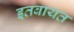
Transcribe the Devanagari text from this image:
इतबायत